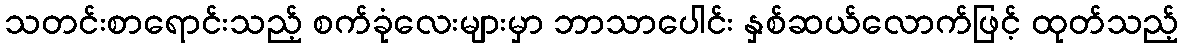
သတင်းစာရောင်းသည့် စက်ခုံလေးများမှာ ဘာသာပေါင်း နှစ်ဆယ်လောက်ဖြင့် ထုတ်သည့်